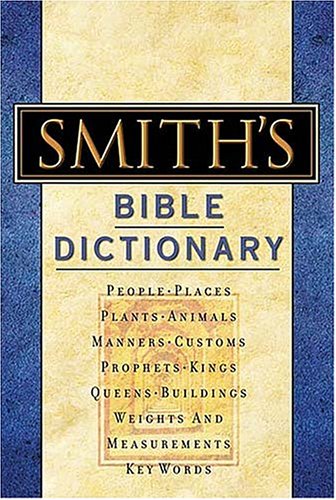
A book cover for Smith's Bible Dictionary: More than 6,000 Detailed Definitions, Articles, and Illustrations; William Smith; Christian Books & Bibles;